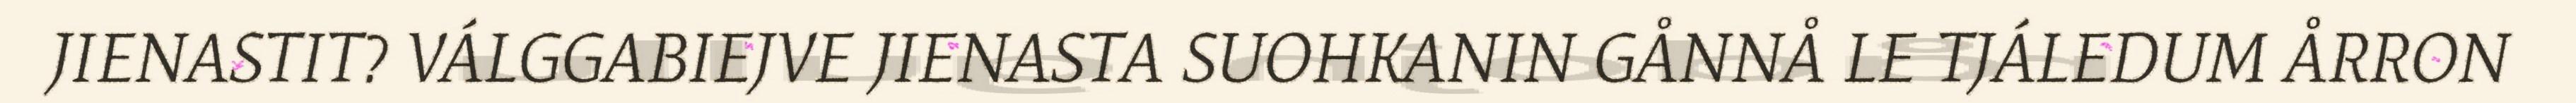
JIENASTIT? VÁLGGABIEJVE JIENASTA SUOHKANIN GÅNNÅ LE TJÁLEDUM ÅRRON